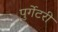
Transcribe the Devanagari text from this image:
पुर्गेटरी